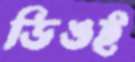
ডিঙই